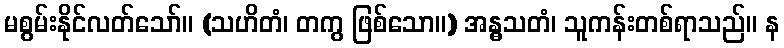
မစွမ်းနိုင်လတ်သော်။ (သဟိတံ၊ တကွ ဖြစ်သော။) အန္ဓသတံ၊ သူကန်းတစ်ရာသည်။ န